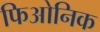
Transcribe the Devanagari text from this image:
फिओनिक